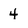
Character: 4